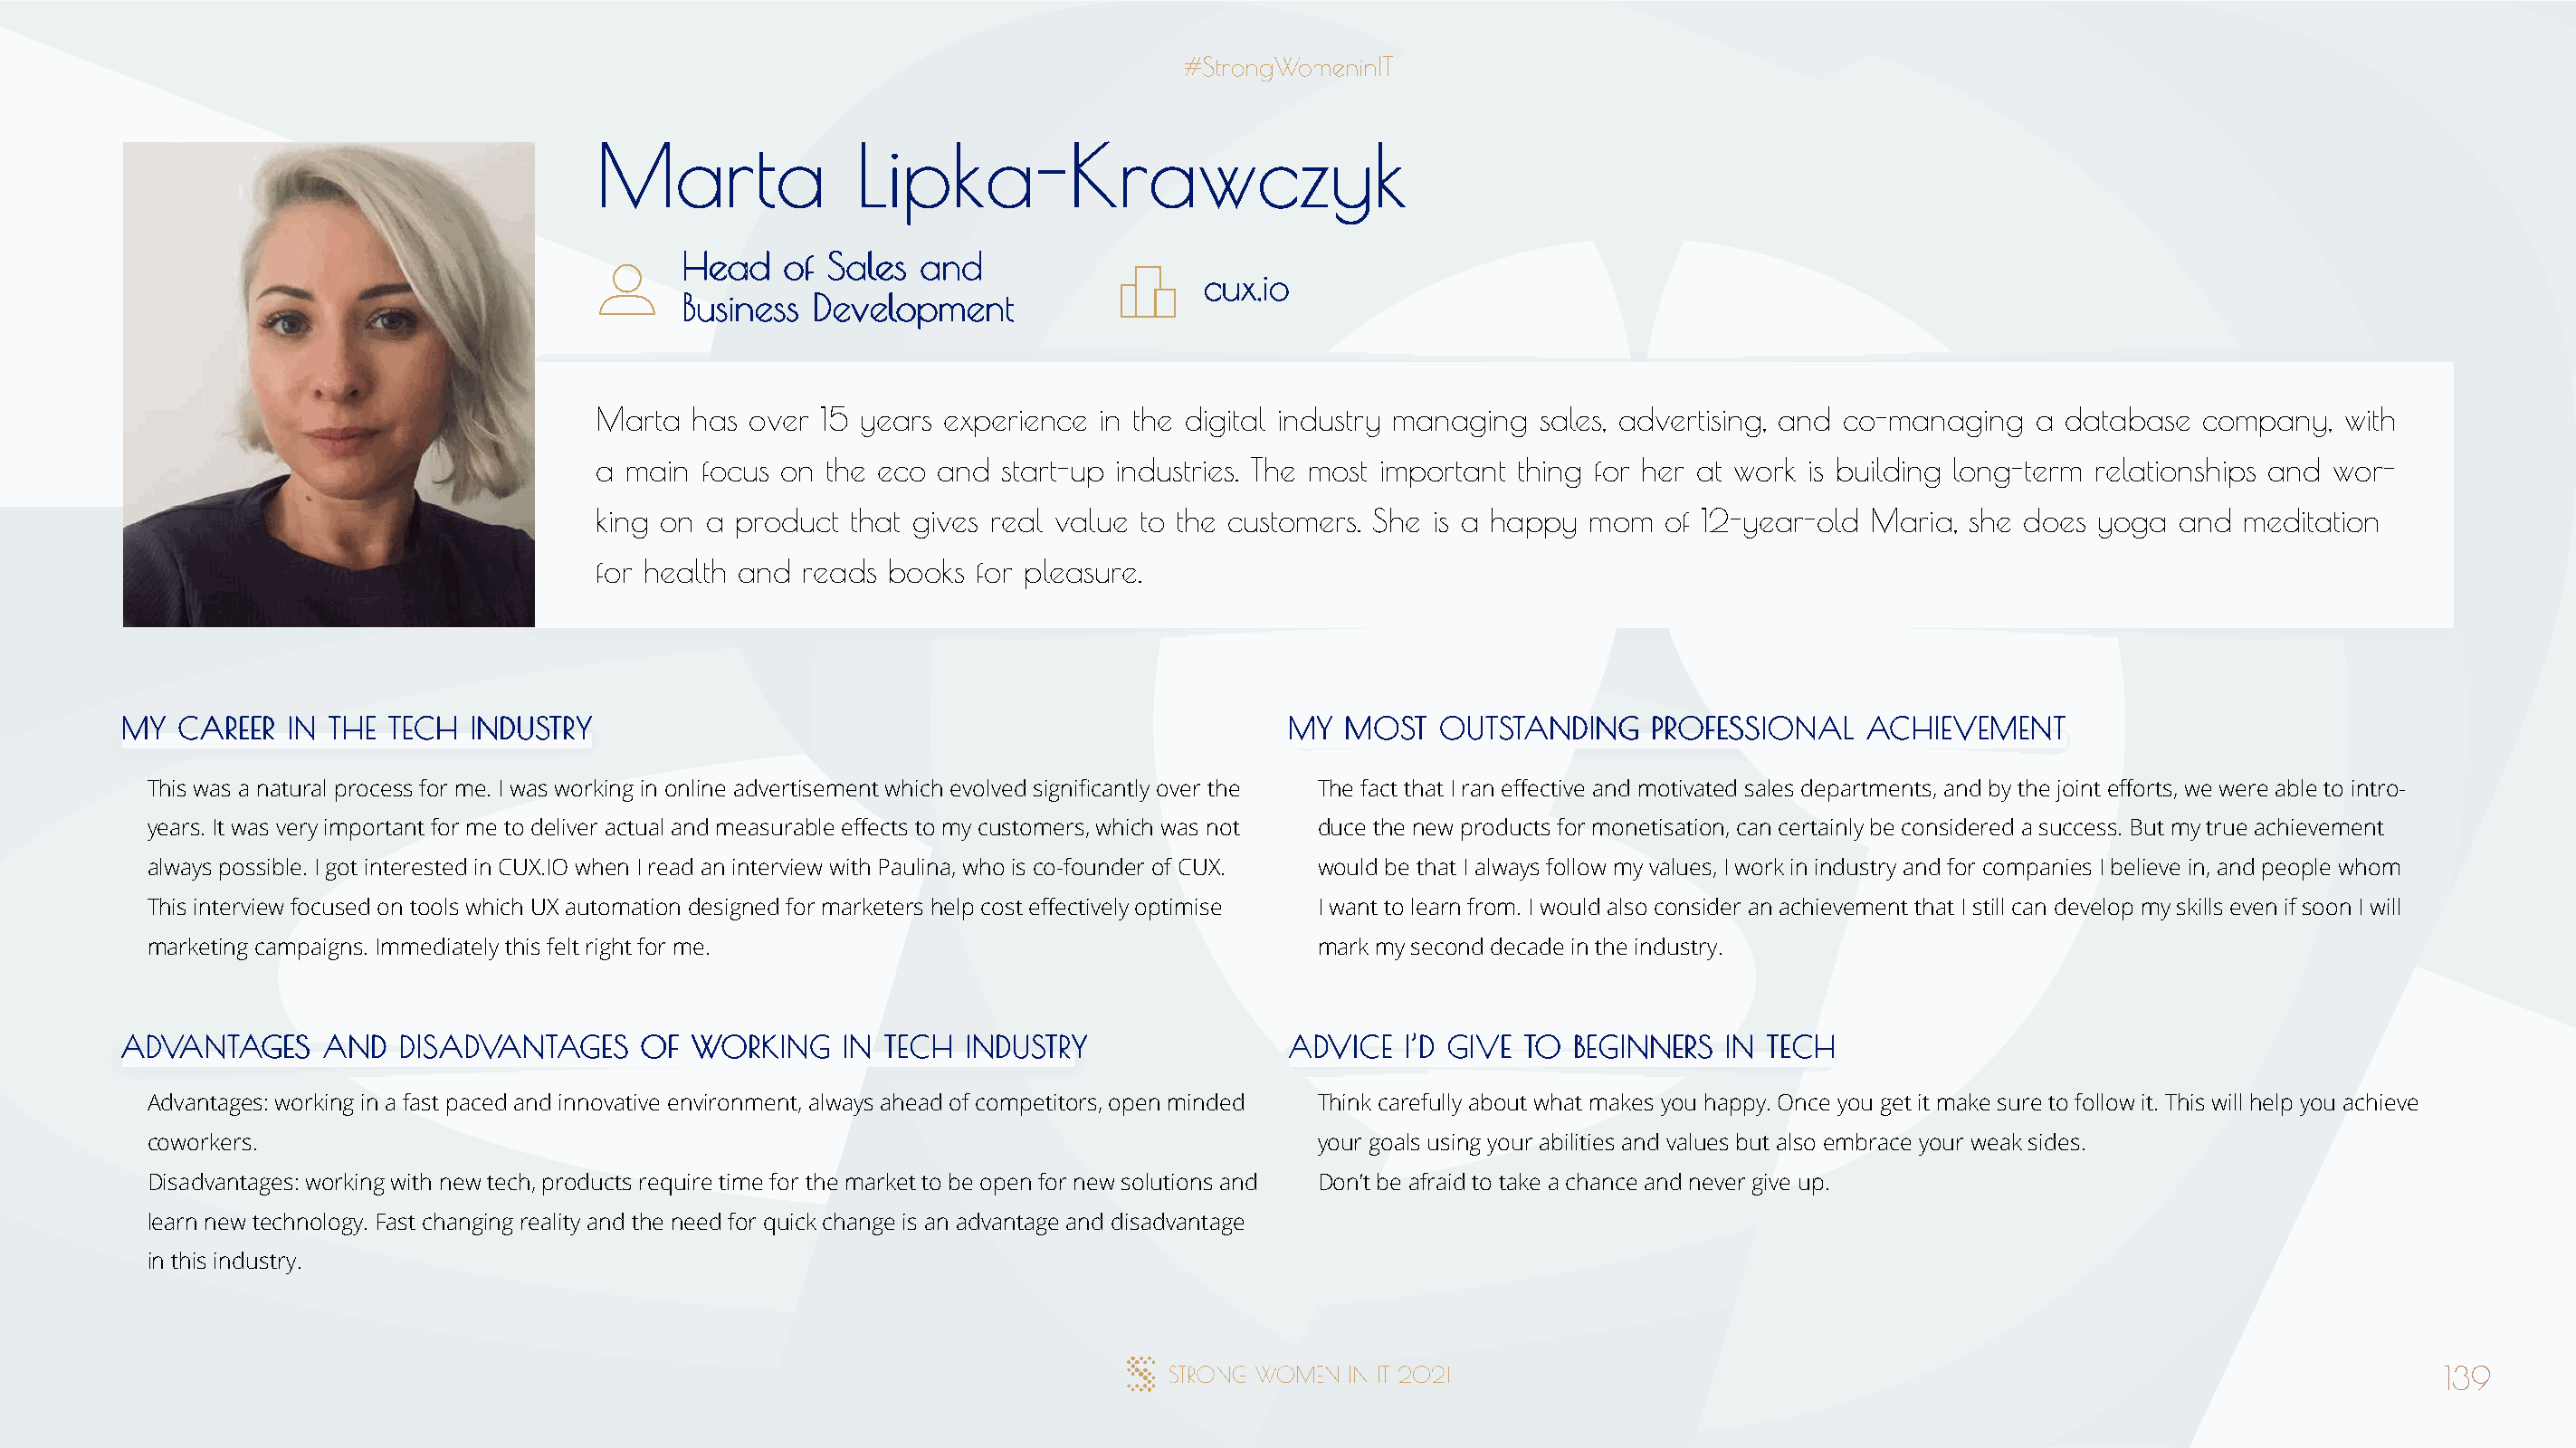
MMaarrttaa         LLiippkkaa--KKrraawwcczzyykk
 HHeeaadd ooff SSaalleess aanndd
 ccuuxx..iioo
 BBuussiinneessss DDeevveellooppmmeenntt
 Marta  has over 15 years experience in the digital industry managing sales, advertising, and co-managing a database  company,  with
 a main focus on the eco  and start-up industries. The most important thing for her at work is building long-term relationships and wor-
 king on a product that gives real value to the customers. She is a happy mom  of 12-year-old Maria, she does yoga  and  meditation
 for health and reads books for pleasure.
 MMYY CCAARREEEERR IINN TTHHEE TTEECCHH IINNDDUUSSTTRRYY                              MMYY MMOOSSTT OOUUTTSSTTAANNDDIINNGG PPRROOFFEESSSSIIOONNAALL AACCHHIIEEVVEEMMEENNTT
 This was a natural process for me. I was working in online advertisement which evolved significantly over the The fact that I ran effective and motivated sales departments, and by the joint efforts, we were able to intro-
 years. It was very important for me to deliver actual and measurable effects to my customers, which was not duce the new products for monetisation, can certainly be considered a success. But my true achievement
 always possible. I got interested in CUX.IO when I read an interview with Paulina, who is co-founder of CUX. would be that I always follow my values, I work in industry and for companies I believe in, and people whom
 This interview focused on tools which UX automation designed for marketers help cost effectively optimise I want to learn from. I would also consider an achievement that I still can develop my skills even if soon I will
 marketing campaigns. Immediately this felt right for me.                             mark my second decade in the industry.
 AADDVVAANNTTAAGGEESS AANNDD DDIISSAADDVVAANNTTAAGGEESS OOFF WWOORRKKIINNGG IINN TTEECCHH IINNDDUUSSTTRRYY AADDVVIICCEE II’’DD GGIIVVEE TTOO BBEEGGIINNNNEERRSS IINN TTEECCHH
 Advantages: working in a fast paced and innovative environment, always ahead of competitors, open minded Think carefully about what makes you happy. Once you get it make sure to follow it. This will help you achieve
 coworkers.                                                                           your goals using your abilities and values but also embrace your weak sides.
 Disadvantages: working with new tech, products require time for the market to be open for new solutions and Don’t be afraid to take a chance and never give up.
 learn new technology. Fast changing reality and the need for quick change is an advantage and disadvantage
 in this industry.
 139